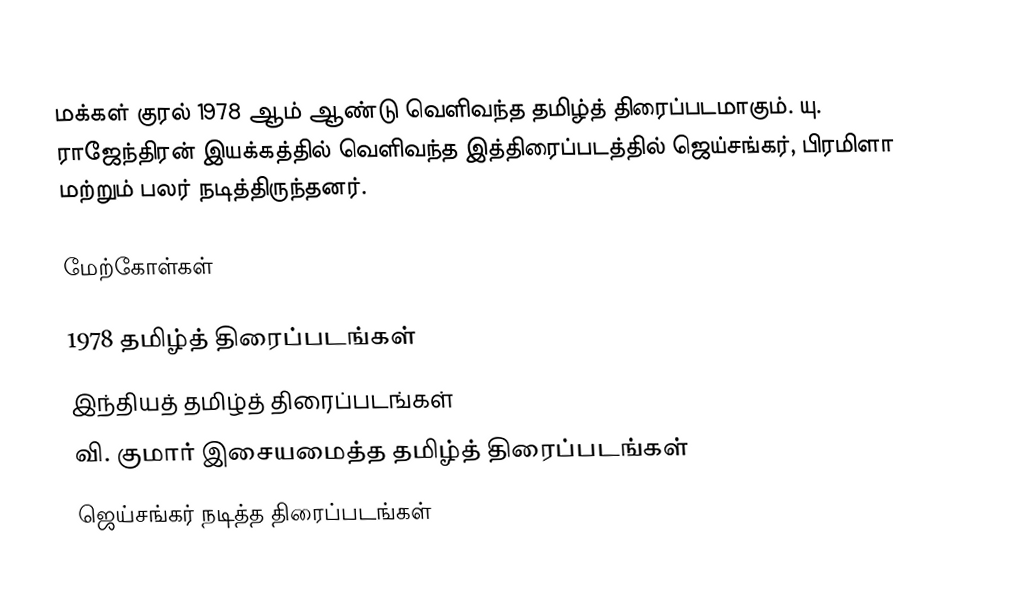
மக்கள் குரல் 1978 ஆம் ஆண்டு வெளிவந்த தமிழ்த் திரைப்படமாகும். யு. ராஜேந்திரன் இயக்கத்தில் வெளிவந்த இத்திரைப்படத்தில் ஜெய்சங்கர், பிரமிளா மற்றும் பலர் நடித்திருந்தனர்.

மேற்கோள்கள்

1978 தமிழ்த் திரைப்படங்கள்
இந்தியத் தமிழ்த் திரைப்படங்கள்
வி. குமார் இசையமைத்த தமிழ்த் திரைப்படங்கள்
ஜெய்சங்கர் நடித்த திரைப்படங்கள்